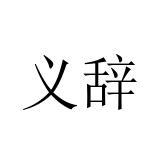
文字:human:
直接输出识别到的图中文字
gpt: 义辞